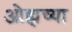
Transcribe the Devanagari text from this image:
ओह्मच्या